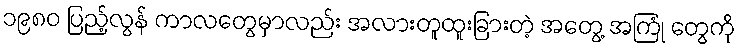
၁၉၈၀ ပြည့်လွန် ကာလတွေမှာလည်း အလားတူထူးခြားတဲ့ အတွေ့ အကြုံ တွေကို